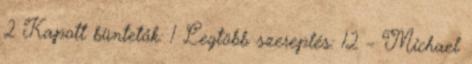
2 Kapott büntetők: 1 Legtöbb szereplés: 12 – Michael